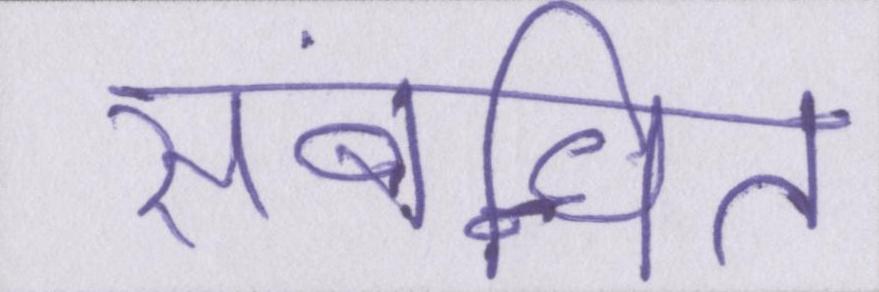
संबन्धित